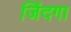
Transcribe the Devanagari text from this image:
जिंदगा